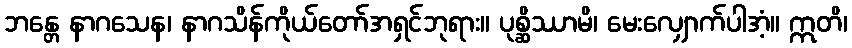
ဘန္တေ နာဂသေန၊ နာဂသိန်ကိုယ်တော်အရှင်ဘုရား။ ပုစ္ဆိဿာမိ၊ မေးလျှောက်ပါအံ့။ ဣတိ၊